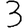
Digit: 3